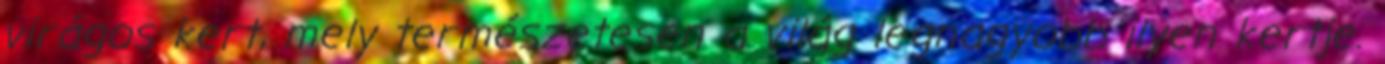
virágos kert, mely természetesen a világ legnagyobb ilyen kertje.